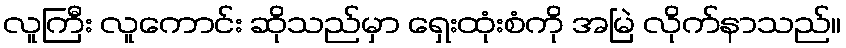
လူကြီး လူကောင်း ဆိုသည်မှာ ရှေးထုံးစံကို အမြဲ လိုက်နာသည်။